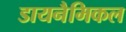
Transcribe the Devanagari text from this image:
डायनैमिकल